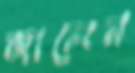
জালেন